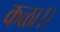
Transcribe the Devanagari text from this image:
कळा।।